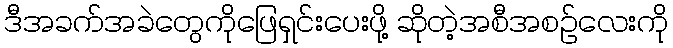
ဒီအခက်အခဲတွေကိုဖြေရှင်းပေးဖို့ ဆိုတဲ့အစီအစဉ်လေးကို